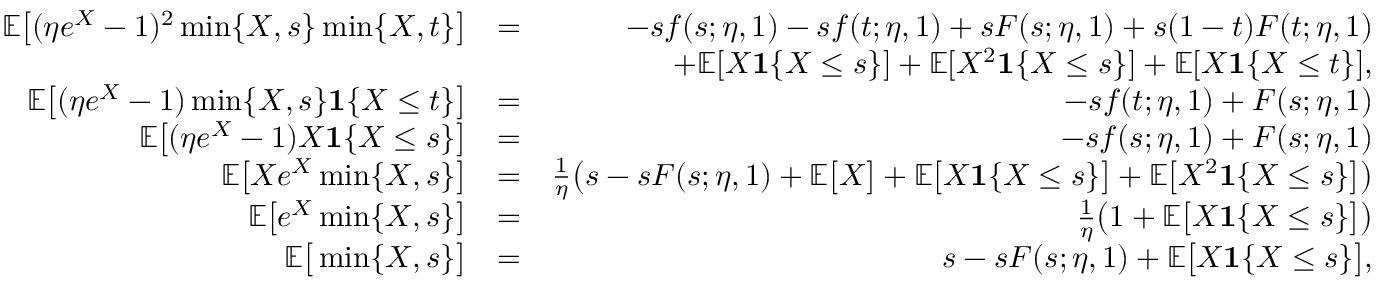
\begin{array} { r l r } { \mathbb { E } \big [ ( \eta e ^ { X } - 1 ) ^ { 2 } \operatorname* { m i n } \{ X , s \} \operatorname* { m i n } \{ X , t \} \big ] } & { = } & { - s f ( s ; \eta , 1 ) - s f ( t ; \eta , 1 ) + s F ( s ; \eta , 1 ) + s ( 1 - t ) F ( t ; \eta , 1 ) } \\ & { } & { + \mathbb { E } [ X \mathbf { 1 } \{ X \leq s \} ] + \mathbb { E } [ X ^ { 2 } \mathbf { 1 } \{ X \leq s \} ] + \mathbb { E } [ X \mathbf { 1 } \{ X \leq t \} ] , } \\ { \mathbb { E } \big [ ( \eta e ^ { X } - 1 ) \operatorname* { m i n } \{ X , s \} \mathbf { 1 } \{ X \leq t \} \big ] } & { = } & { - s f ( t ; \eta , 1 ) + F ( s ; \eta , 1 ) } \\ { \mathbb { E } \big [ ( \eta e ^ { X } - 1 ) X \mathbf { 1 } \{ X \leq s \} \big ] } & { = } & { - s f ( s ; \eta , 1 ) + F ( s ; \eta , 1 ) } \\ { \mathbb { E } \big [ X e ^ { X } \operatorname* { m i n } \{ X , s \} \big ] } & { = } & { \frac { 1 } { \eta } \big ( s - s F ( s ; \eta , 1 ) + \mathbb { E } \big [ X \big ] + \mathbb { E } \big [ X \mathbf { 1 } \{ X \leq s \} \big ] + \mathbb { E } \big [ X ^ { 2 } \mathbf { 1 } \{ X \leq s \} \big ] \big ) } \\ { \mathbb { E } \big [ e ^ { X } \operatorname* { m i n } \{ X , s \} \big ] } & { = } & { \frac { 1 } { \eta } \big ( 1 + \mathbb { E } \big [ X \mathbf { 1 } \{ X \leq s \} \big ] \big ) } \\ { \mathbb { E } \big [ \operatorname* { m i n } \{ X , s \} \big ] } & { = } & { s - s F ( s ; \eta , 1 ) + \mathbb { E } \big [ X \mathbf { 1 } \{ X \leq s \} \big ] , } \end{array}